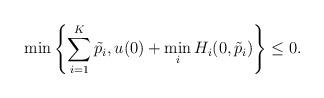
LaTeX: \begin{align*} \min \left\{ \sum_{i = 1}^{K} \tilde{p}_{i}, u(0) + \min_{i} H_{i}(0,\tilde{p}_{i}) \right\} \leq 0.\end{align*}